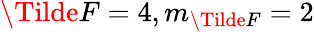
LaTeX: \Tilde{F}=4,m_{\Tilde{F}}=2